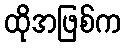
ထိုအဖြစ်က